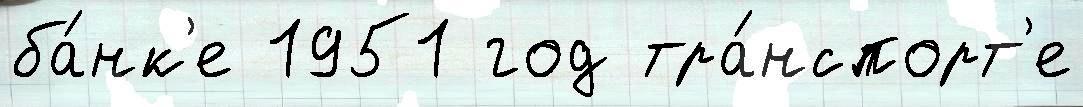
ба́нк'е 1951 год тра́нспорт'е